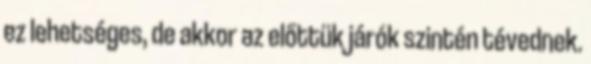
ez lehetséges, de akkor az előttük járók szintén tévednek.